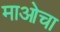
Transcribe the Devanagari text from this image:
माओचा